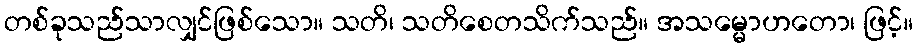
တစ်ခုသည်သာလျှင်ဖြစ်သော။ သတိ၊ သတိစေတသိက်သည်။ အသမ္မောဟတော၊ ဖြင့်။